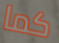
كما